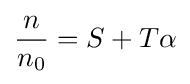
{\frac {n}{n_{0}}}=S+T\alpha